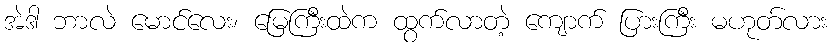
အဲဒါ ဘာလဲ မောင်လေး၊ မြေကြီးထဲက ထွက်လာတဲ့ ကျောက် ပြားကြီး မဟုတ်လား